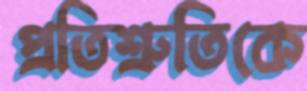
প্রতিশ্রুতিকে